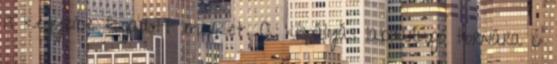
is kegyeibe fogadott minket. A kispályás labdarúgó tornára 6